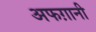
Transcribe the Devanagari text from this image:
अफग़ानी